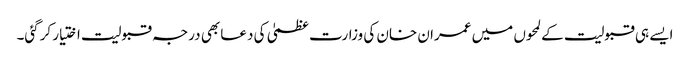
ایسے ہی قبولیت کے لمحوں میں عمران خان کی وزارت عظمیٰ کی دعا بھی درجہ قبولیت اختیار کرگئی۔